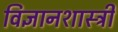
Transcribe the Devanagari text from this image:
विज्ञानशास्त्री